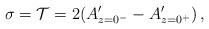
LaTeX: \begin{align*}\sigma = {\cal T}= 2 (A'_{z=0^-}-A'_{z=0^+})\,,\end{align*}